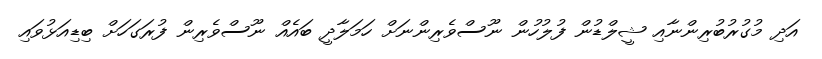
އަދި މުގުރުބުރިންނާއި ޝީލްޑުން ފުލުހުން ނޫސްވެރިންނަށް ހަމަލާދީ ބައެއް ނޫސްވެރިން ފުރަގަހަށް ބިޑިއަޅުވައި